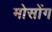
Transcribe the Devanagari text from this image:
मोसोंग